Papers set at the Examination for Leaving Certificates, 1889
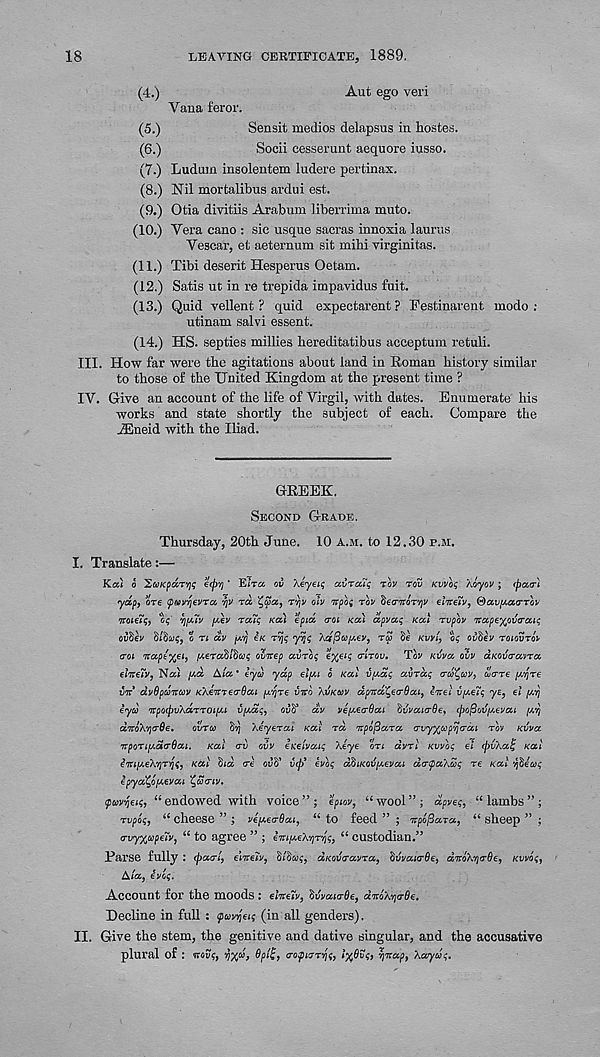
18
LEAVING CERTIFICATE, 1889,
(4.)
Aut ego veri
Yana feror.
(5.)
Sensit medios delapsus in hostes.
(6.)
Socii cesserunt aequore iusso.
(7.) Ludnm insolentem ludere pertinax.
(8.) Nil mortalibus ardui est.
(9.) Otia divitiis Arabum liberrima muto.
(10.) Vera cano : sic usque sacras innoxia laurus
Vescar, et aeternum sit mibi virginitas.
(11.) Tibi deserit Hesperus Oetam.
(12.) Satis ut in re trepida impavidus fuit.
(13.) Quid vellent ? quid expectarent ? Festinarent modo :
utinam salvi essent.
(14.) HS. septies millies hereditatibus acceptum retuli.
III. How far were the agitations about land in Roman history similar
to those of the United Kingdom at the present time ?
IV. Give an account of the life of Virgil, with dates. Enumerate his
works and state shortly the subject of each. Compare the
iEneid with the Iliad.
GREEK.
SECOND GRADE.
Thursday, 20th June. 10 A.M. to 12.30 P.M.
I. Translate:—
Kat o ^coKpdr^g €(p'/j * Eira ov Xeyeii; ccvrcut; TOV rov Kvvbg Aoyov; (paa-)
yap, ore (pav/jevra YJV rci
r^v olv irpbf rbv SecrTroV/jv elneiv, (dav/ActcrTov
noieii;, G$' vjfMV y.ev rcuq Kcci epid <roi KCC) dpva<; KOCI rvpbv Tra,pe‘X l ov<rou<;
ouSev S/Sw?, o n dv /ATJ e/c
yyj<; \d(3w[Aev, ra
Kvy( ?
ovfiev roiovrbi
rot itapeyiei) /Aera^lduq ovirep ccvroq €%etq crlrov. Tov Kvva ovv aKOvcrocvrcc
inv dvOpcoirav Khenreo-dai (xyre VTTO XIJKUV apnco^ecrOou, enei v/^eTi; ye, el [Avj
eyu 'jrpocpvXdrTOipu vpai;, ovff dv ve^erSou ^vvoua-Qe y (pofioripevcu (AY/
d , jvbX , r\(j‘6e.
ovrw ST) Xeyercu KCCI rd 'irpbficcrcc o-vy^copyjo-di rov Kvvct
'itporifAdrOcu. KCCI arv ovv eKeivouq Xeye ort dvrl Kvvb<; el (pvXccI; KCCI
i'miAeX'/jrfc) KCCI 'bid re ovft vcp* evbq dbiKQVfAevai d<r(pccXu<; re KCCI
epycc^biAevcu ^ucrtv.
9wv^, “endowed with voice’’j epiov, “wool”; dpve<;, “lambs”;
rvpoi, “ cheese ” ; vefAerdai, “ to feed ” ; npolSccTcc, “ sheep ” ;
crvy^apeTv, “ to agree ” ; €7ttfAeXYjr7]q > “ custodian. 5,
Parse fully : (pctri, eWe/v,
dKovrccvrcc, hvvccitrOe, dnoXyrOe, KVVO<;,
A/a, evoq.
Account for the moods ; elneXv, fivvcaarOe, dnoXYia-Oe.
Decline in full ; puvyeiq (in all genders).
II. Give the stem, the genitive and dative singular, and the accusative
plural of : mvq f Y)yd 3
<ropirrY\q 3 l%6vq 9 r]irap y Xccyuq.